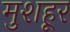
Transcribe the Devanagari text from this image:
मुशहूर